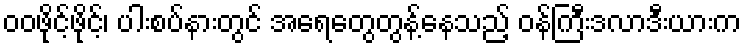
ဝဝဖိုင့်ဖိုင့်၊ ပါးစပ်နားတွင် အရေတွေတွန့်နေသည့် ဝန်ကြီးဒလာဒီးယားက